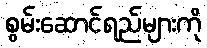
စွမ်းဆောင်ရည်များကို